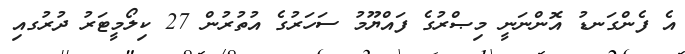
އެ ފެންގަނޑު އޮންނަނީ މިޞްރުގެ ފައްޔޫމު ސަހަރުގެ އުތުރުން 27 ކިލޯމީޓަރު ދުރުގއި